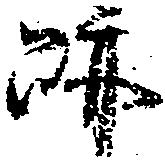
跡